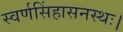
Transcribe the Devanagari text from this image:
स्वर्णसिंहासनस्थः।